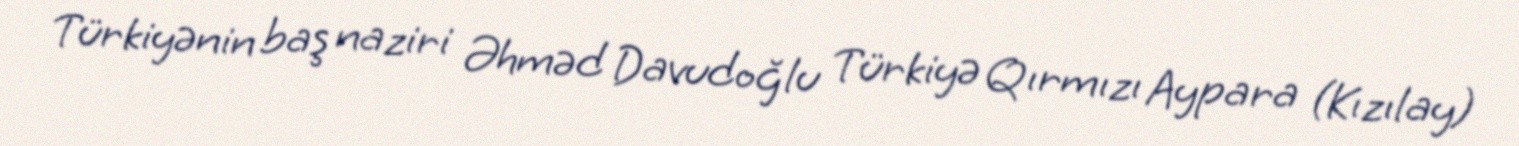
Türkiyənin baş naziri Əhməd Davudoğlu Türkiyə Qırmızı Aypara (Kızılay)